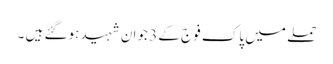
حملے میں پاک فوج کے 3 جوان شہید ہوگئے ہیں ۔